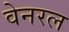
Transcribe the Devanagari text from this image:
वेनरल